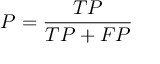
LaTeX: P = { \frac { T P } { T P + F P } }